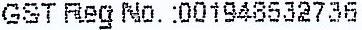
GST REG NO. :001948532736